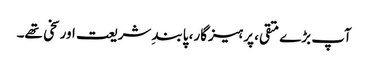
آپ بڑے متقی، پرہیزگار، پابندِ شریعت اور سخی تھے۔